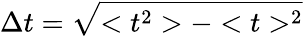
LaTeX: \Delta t=\sqrt{<t^{2}>-<t>^{2}}